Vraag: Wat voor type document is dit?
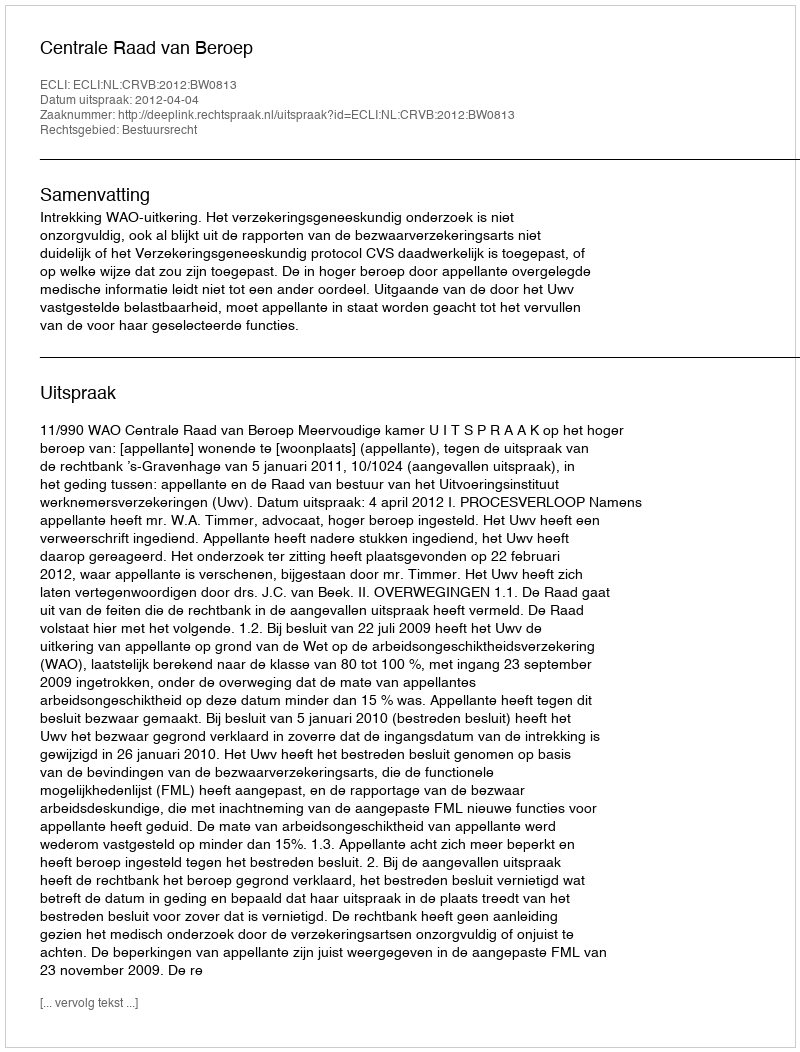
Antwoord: Uitspraak